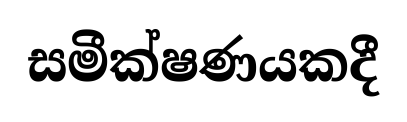
සමීක්ෂණයකදී